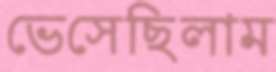
ভেসেছিলাম